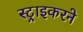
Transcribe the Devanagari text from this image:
स्ट्राइकरने